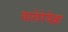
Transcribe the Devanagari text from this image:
वालेरेयेव्ना